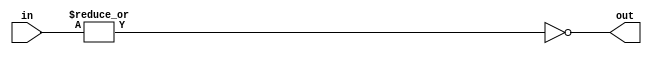
module f6_TECH_NOR18(input [17:0] in, output out);
assign out = ~(|in);
endmodule